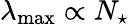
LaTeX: \lambda_{\mathrm{max}}\propto N_{\star}